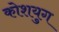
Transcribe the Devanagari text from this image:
कोशयुग